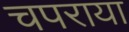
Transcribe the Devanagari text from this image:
चपराया